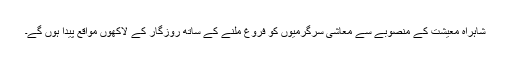
شاہراہ معیشت کے منصوبے سے معاشی سرگرمیوں کو فروغ ملنے کے ساتھ روزگار کے لاکھوں مواقع پیدا ہوں گے۔